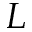
L